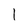
Character: 1